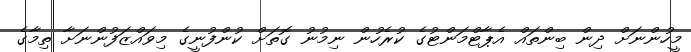
މީހުންނަށް ދިން ބިންތައް އެޕާޓްމަންޓުގެ ކުރެހުން ނިމުނު ގޮތަށް ކުންފުނީގެ މިވައްޒަފުންނަށާ ތިމާގެ